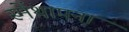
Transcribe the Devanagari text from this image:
स्मेंथापना